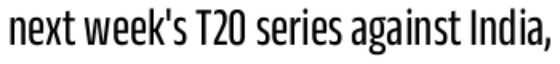
next week's T20 series against India,